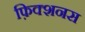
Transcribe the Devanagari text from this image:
फ़िक्शनस